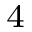
^ { 4 }